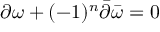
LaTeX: \partial \omega + ( - 1 ) ^ { n } \bar { \partial } \bar { \omega } = 0